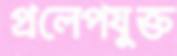
প্রলেপযুক্ত